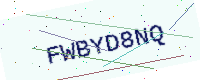
Text: FWBYD8NQ